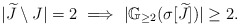
\begin{align*}|\widetilde{J}\setminus J|=2\ \Longrightarrow\ |\mathbb{G}_{\geq 2}(\sigma[\widetilde{J}])|\geq 2.\end{align*}